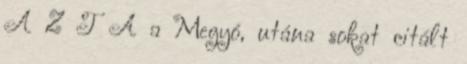
A Z T A a Megyó, utána sokat citált